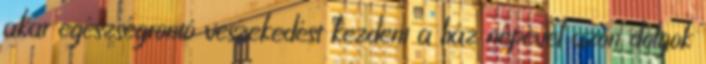
akar egészségrontó veszekedést kezdeni a ház népével azon dolgok